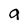
Character: a